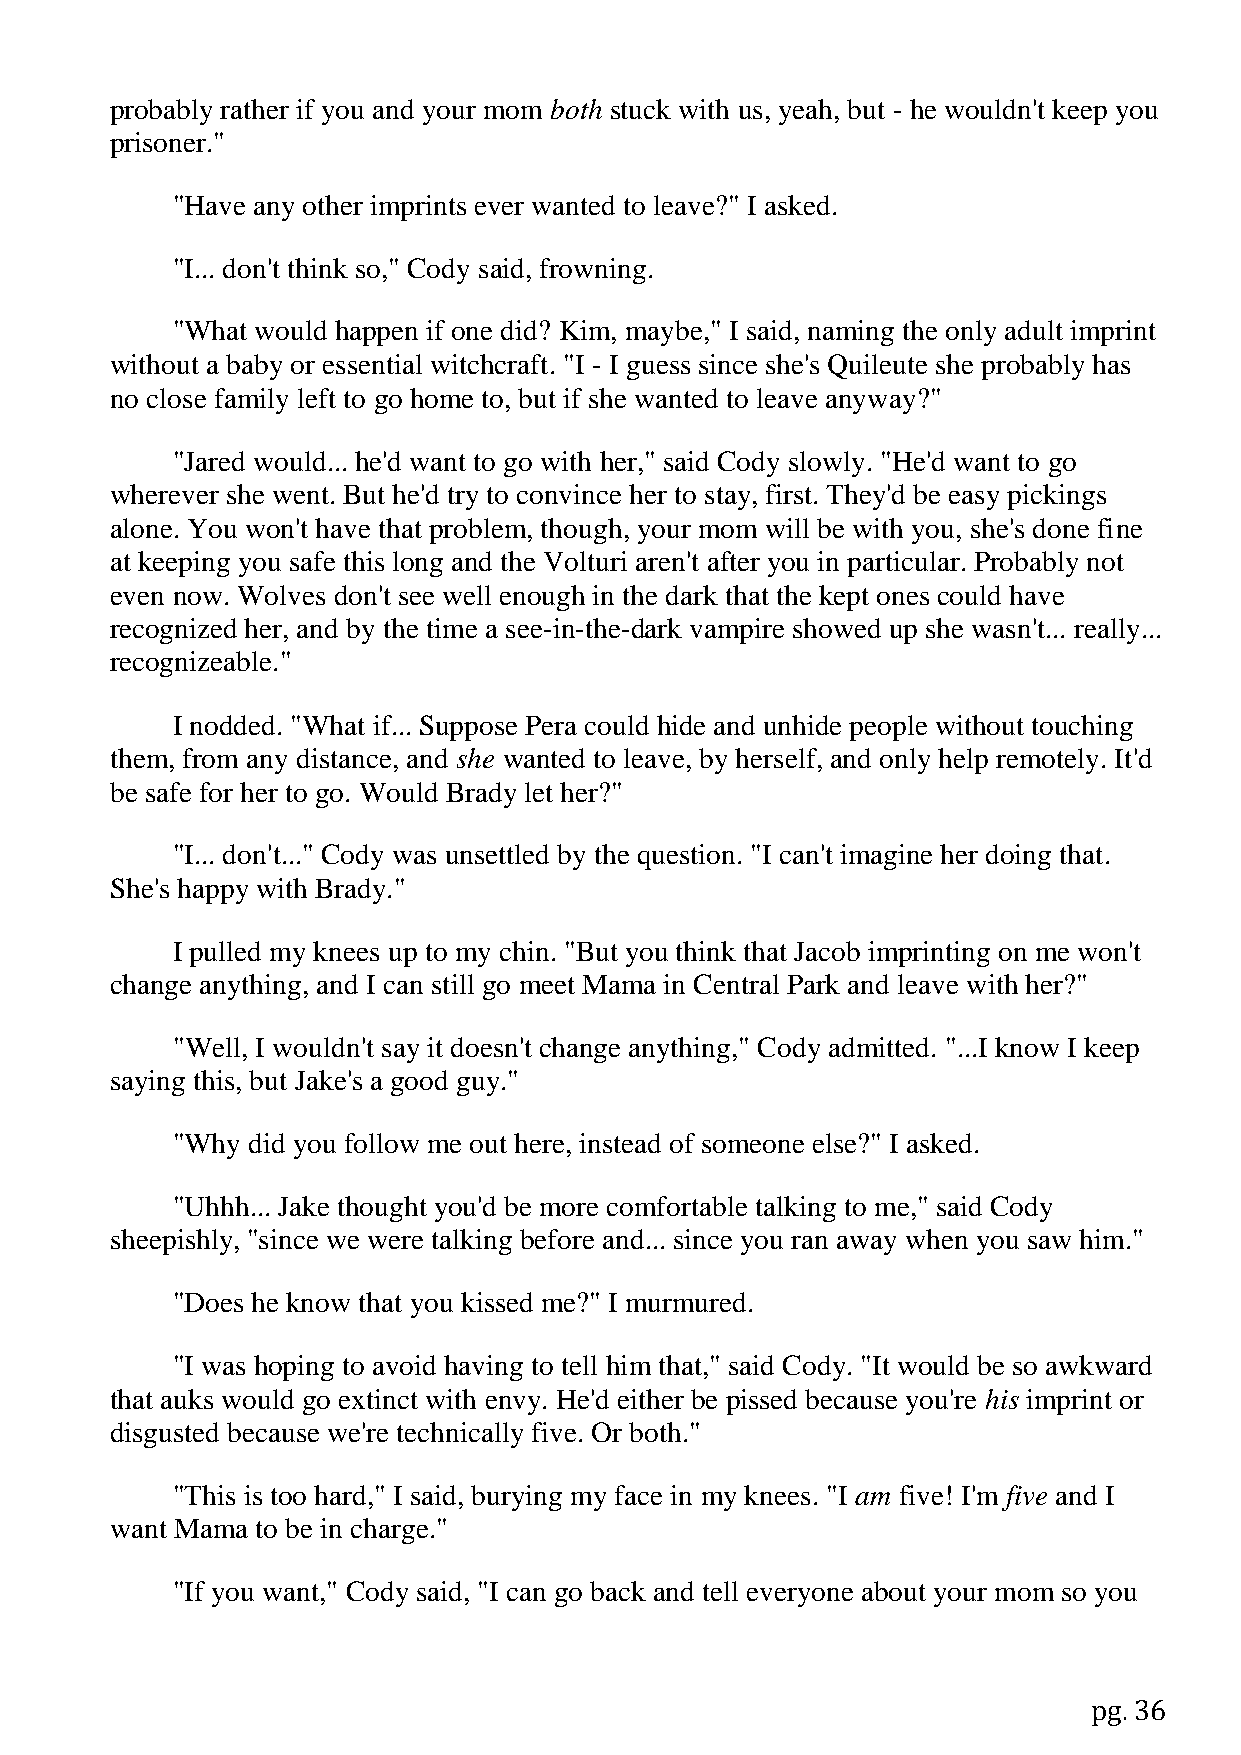
probably rather if you and your mom both stuck with us, yeah, but - he wouldn't keep you
 prisoner."
 "Have any other imprints ever wanted to leave?" I asked.
 "I... don't think so," Cody said, frowning.
 "What would happen if one did? Kim, maybe," I said, naming the only adult imprint
 without a baby or essential witchcraft. "I - I guess since she's Quileute she probably has
 no close family left to go home to, but if she wanted to leave anyway?"
 "Jared would... he'd want to go with her," said Cody slowly. "He'd want to go
 wherever she went. But he'd try to convince her to stay, first. They'd be easy pickings
 alone. You won't have that problem, though, your mom will be with you, she's done fine
 at keeping you safe this long and the Volturi aren't after you in particular. Probably not
 even now. Wolves don't see well enough in the dark that the kept ones could have
 recognized her, and by the time a see-in-the-dark vampire showed up she wasn't... really...
 recognizeable."
 I nodded. "What if... Suppose Pera could hide and unhide people without touching
 them, from any distance, and she wanted to leave, by herself, and only help remotely. It'd
 be safe for her to go. Would Brady let her?"
 "I... don't..." Cody was unsettled by the question. "I can't imagine her doing that.
 She's happy with Brady."
 I pulled my knees up to my chin. "But you think that Jacob imprinting on me won't
 change anything, and I can still go meet Mama in Central Park and leave with her?"
 "Well, I wouldn't say it doesn't change anything," Cody admitted. "...I know I keep
 saying this, but Jake's a good guy."
 "Why did you follow me out here, instead of someone else?" I asked.
 "Uhhh... Jake thought you'd be more comfortable talking to me," said Cody
 sheepishly, "since we were talking before and... since you ran away when you saw him."
 "Does he know that you kissed me?" I murmured.
 "I was hoping to avoid having to tell him that," said Cody. "It would be so awkward
 that auks would go extinct with envy. He'd either be pissed because you're his imprint or
 disgusted because we're technically five. Or both."
 "This is too hard," I said, burying my face in my knees. "I am five! I'm five and I
 want Mama to be in charge."
 "If you want," Cody said, "I can go back and tell everyone about your mom so you
 pg. 36